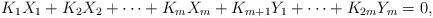
LaTeX: \begin{align*}K_1X_1+K_2X_2+\cdots+K_mX_m+K_{m+1}Y_1+\cdots+K_{2m}Y_m=0,\end{align*}